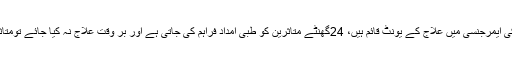
انتظامیہ کا کہنا ہے کہ جناح اسپتال کی ایمرجنسی میں علاج کے یونٹ قائم ہیں، 24گھنٹے متاثرین کو طبی امداد فراہم کی جاتی ہے اور بر وقت علاج نہ کیا جائے تومتاثرہ شخص ریبیز کا شکار ہوسکتا ہے۔